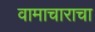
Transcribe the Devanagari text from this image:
वामाचाराचा